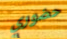
حضوري